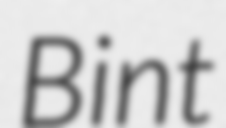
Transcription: Bint